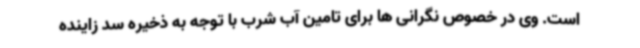
است. وی در خصوص نگرانی ها برای تامین آب شرب با توجه به ذخیره سد زاینده